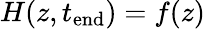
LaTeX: H(z,t_{\mathrm{end}})=f(z)